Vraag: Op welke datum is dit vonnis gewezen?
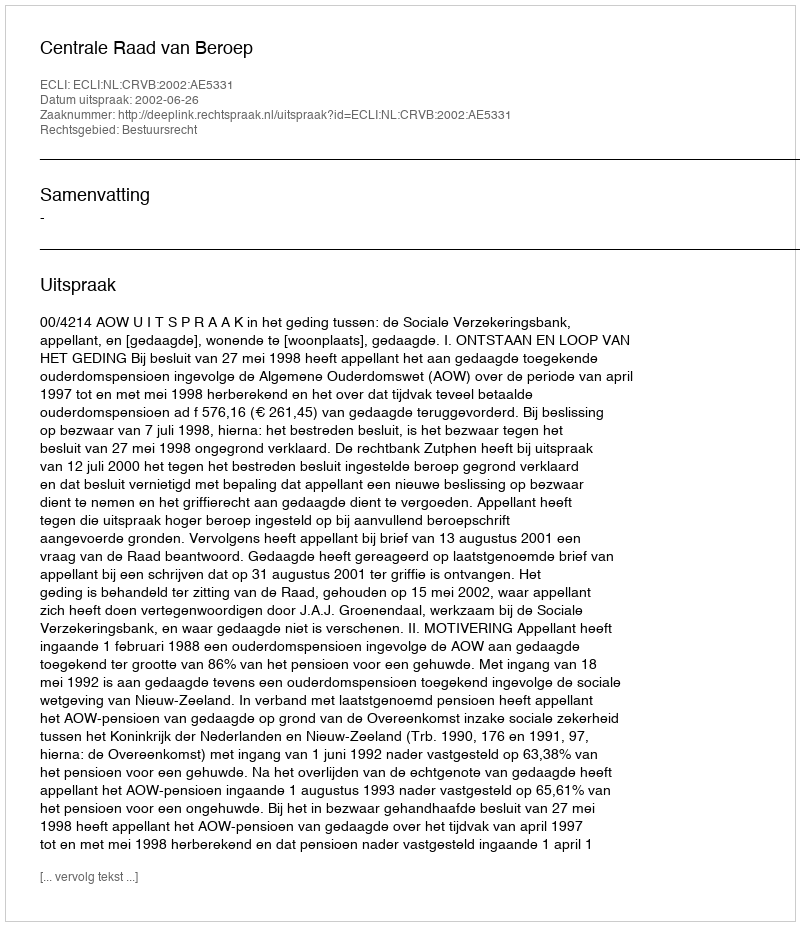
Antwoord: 2002-06-26